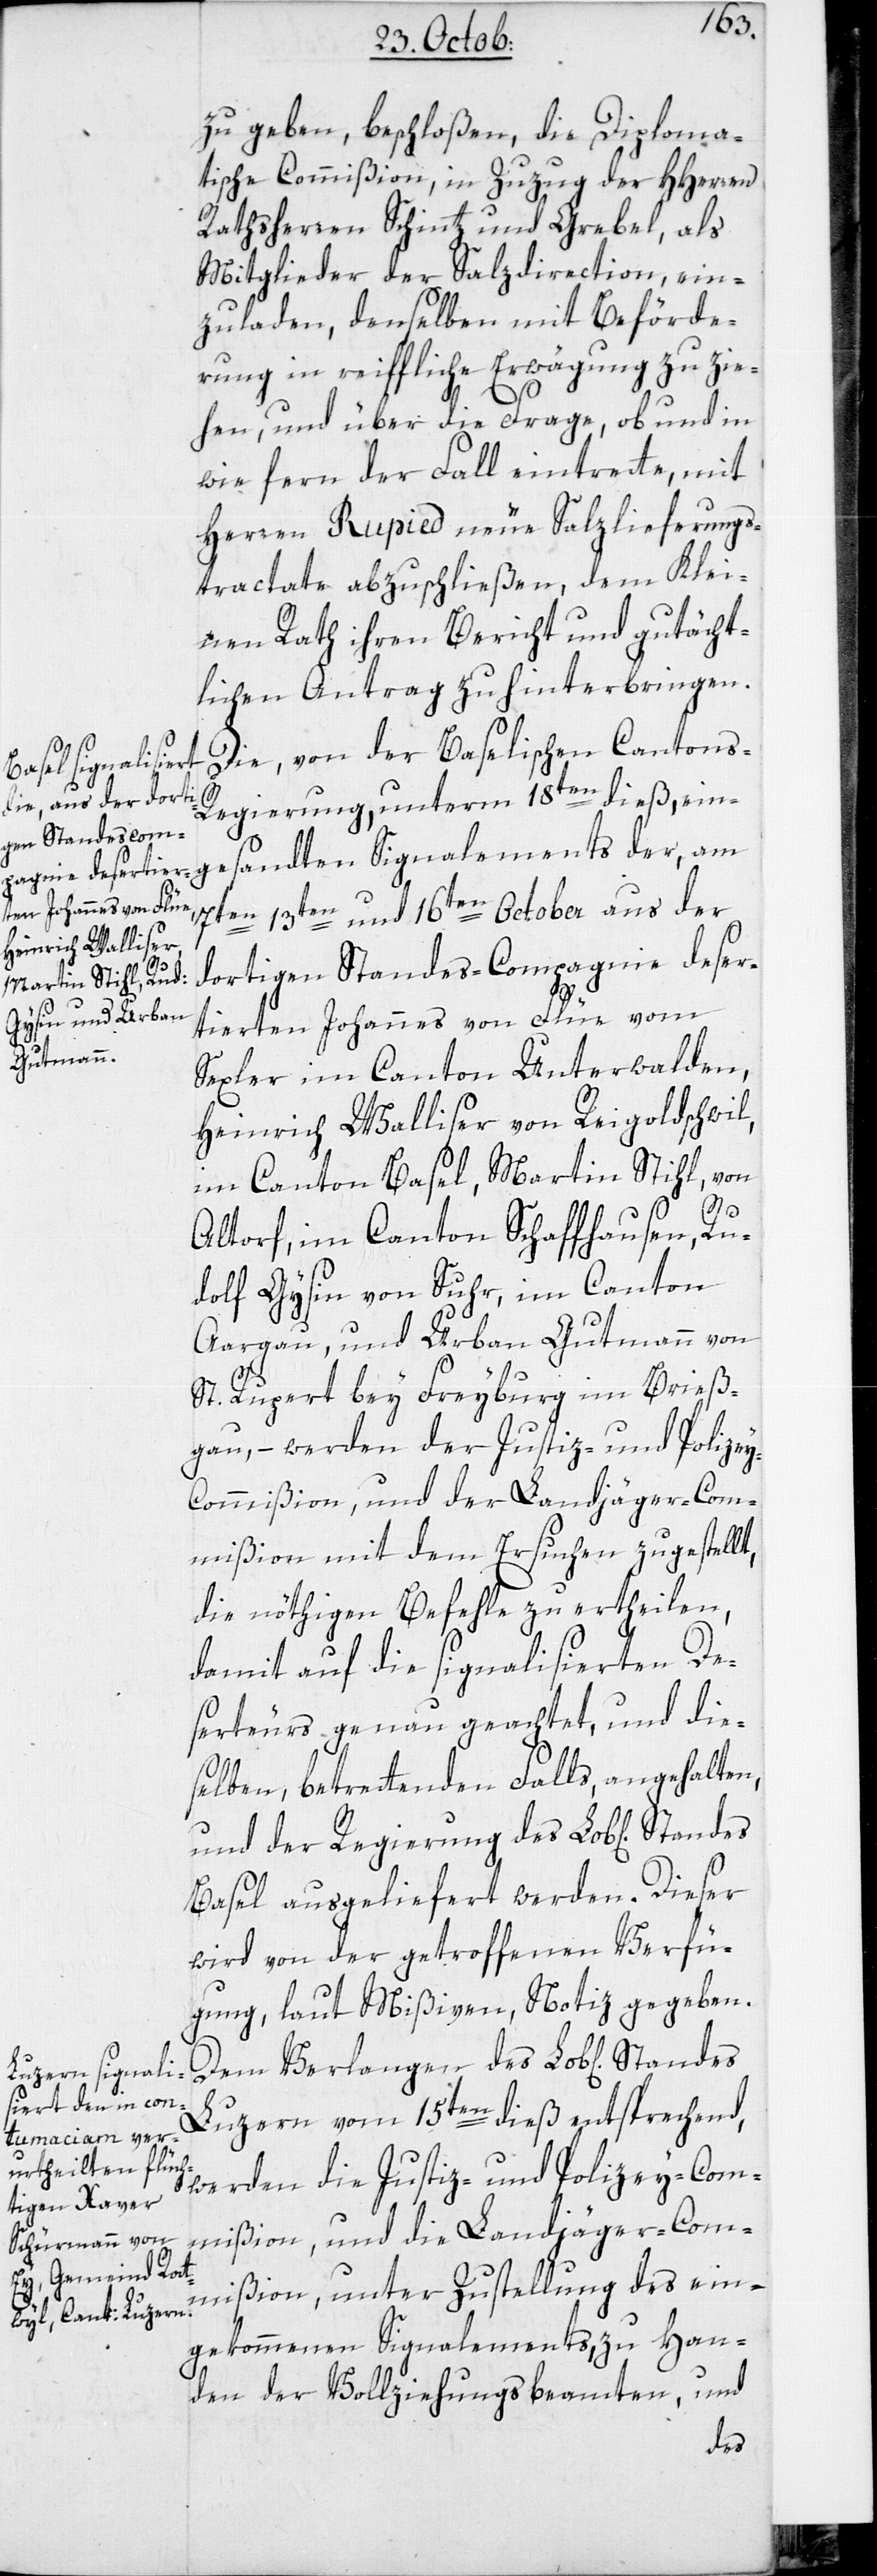
zu geben, beschloßen, die Diploma¬
tische Commißion, in Zuzug der HHerren
Rathsherren Schinz und Grebel, als
Mitglieder der Salzdirection ein¬
zuladen, denselben mit Beförde¬
rung in reiffliche Erwägung zu zie¬
hen, und über die Frage, ob und in
wie fern der Fall eintrette, mit
Herren Rupied neue Salzlieferungs¬
tractate abzuschließen, dem Klei¬
nen Rath ihren Bericht und gutächt¬
lichen Antrag zu hinterbringen.
Die von der Baselischen Cantons¬
regierung unterm 18ten dieß, einge¬
7ten, 13ten und 16ten October aus der
dortigen Standes-Compagnie deser¬
tierten Johannes von Flüe vom
Sexler im Canton Unterwalden;
Heinrich Walliser von Reigoldschweil
im Canton Basel; Martin Stihl von
Stan¬
der,
Altdorf im Canton Schaffhausen, Ru¬
dolf Gysin von Suhr im Canton
Aargau; und Urban Gutmann von
St. Ruppert bey Freyburg im Breiß¬
gau, – werden der Justiz- und Polizey-C¬
ommißion und der Landjäger-Com¬
mißion mit dem Ersuchen zugestellt,
die nöthigen Befehle zu ertheilen,
damit auf die signalisierten De¬
serteurs genau geachtet und die¬
selben, betrettenden Falls, angehalten,
und der Regierung des Lobl[ichen]
Basel ausgeliefert werden. Dieser
wird von der getroffenen Verfü¬
gung, laut Mißiven, Notiz gegeben.
sandten Signale¬
Luzern vom 15ten dieß entsprechend,
werden die Justiz- und Polizey-Com¬
mißion und die Landjäger-Com¬
mißion , unter Zustellung des ein¬
gekommenen Signalements, zu Han¬
den der Vollziehungsbeamten, und
des